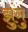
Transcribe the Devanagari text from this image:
झुंगु